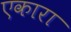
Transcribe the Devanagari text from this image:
एकारा